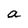
Character: a